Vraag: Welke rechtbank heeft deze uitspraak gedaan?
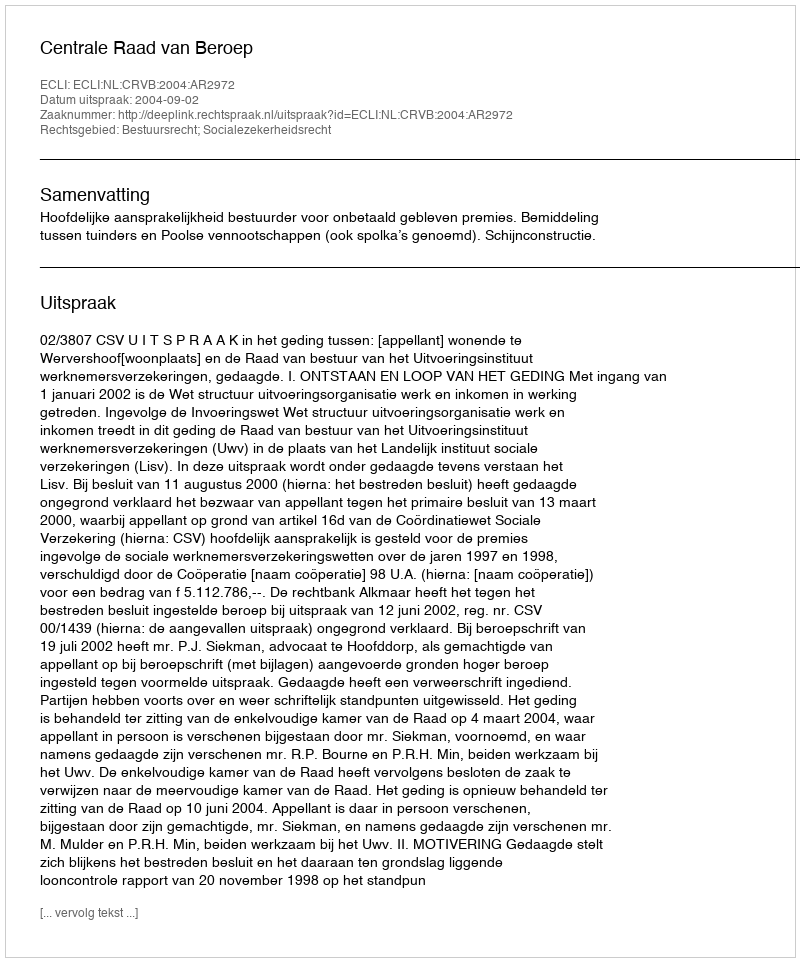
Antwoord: Centrale Raad van Beroep